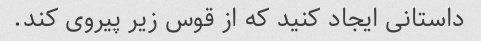
داستانی ایجاد کنید که از قوس زیر پیروی کند.